Scientific memoirs by medical officers of the Army of India - Part VI,
Year: 1891
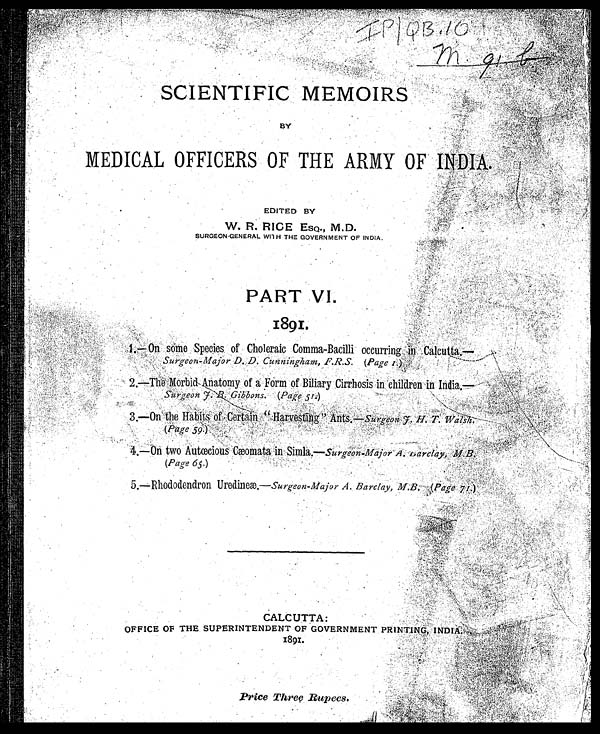
SCIENTIFIC MEMOIRS
BY
MEDICAL OFFICERS OF THE ARMY OF INDIA.
EDITED BY
Wt. R. RICE ESQ., M.D.
SURGEON-GENERAL WITH THE GOVERNMENT OF INDIA.
PART VI.
1891.
1.— On some Species, of Choleraic Comma-Bacilli occurring in Calcutta:—
S uigeon-Major D. D. Cunningham, F. R.S. (Page I)
2—The Morbid Anatomy of Form of BIliary Cirrhosis in children in India.—
3.— On the Habits of Certain "Harvesting" Ants—Surgeon J. H. T. Walsh.
(Page 59.)
4.—On two Autœeous Cæomata in Simla.—Surgeon-Major A. Barclay, M. B.
(Page 65.)
5.—Rhododendron Uredineæ.—Surgeon-Major A. Barclay, M. B. (Page 71.)
CALCUTTA:
OFFICE OF THE SUPERINTENDENT OF GOVERNMENT PRINTING,
Price Three Rupees.